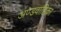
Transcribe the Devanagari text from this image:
अण्डवाहिका